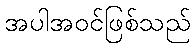
အပါအဝင်ဖြစ်သည်